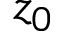
z _ { 0 }